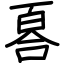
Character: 𠷡